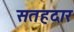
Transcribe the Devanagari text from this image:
सतहदार